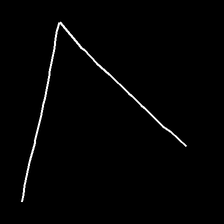
Glyph: region